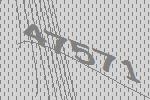
47571